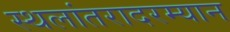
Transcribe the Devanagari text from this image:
स्थलांतरादरम्यान